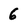
Character: 6